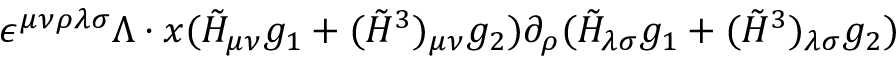
\epsilon ^ { \mu \nu \rho \lambda \sigma } \Lambda \cdot x ( \tilde { H } _ { \mu \nu } g _ { 1 } + ( \tilde { H } ^ { 3 } ) _ { \mu \nu } g _ { 2 } ) \partial _ { \rho } ( \tilde { H } _ { \lambda \sigma } g _ { 1 } + ( \tilde { H } ^ { 3 } ) _ { \lambda \sigma } g _ { 2 } )